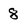
Character: 8